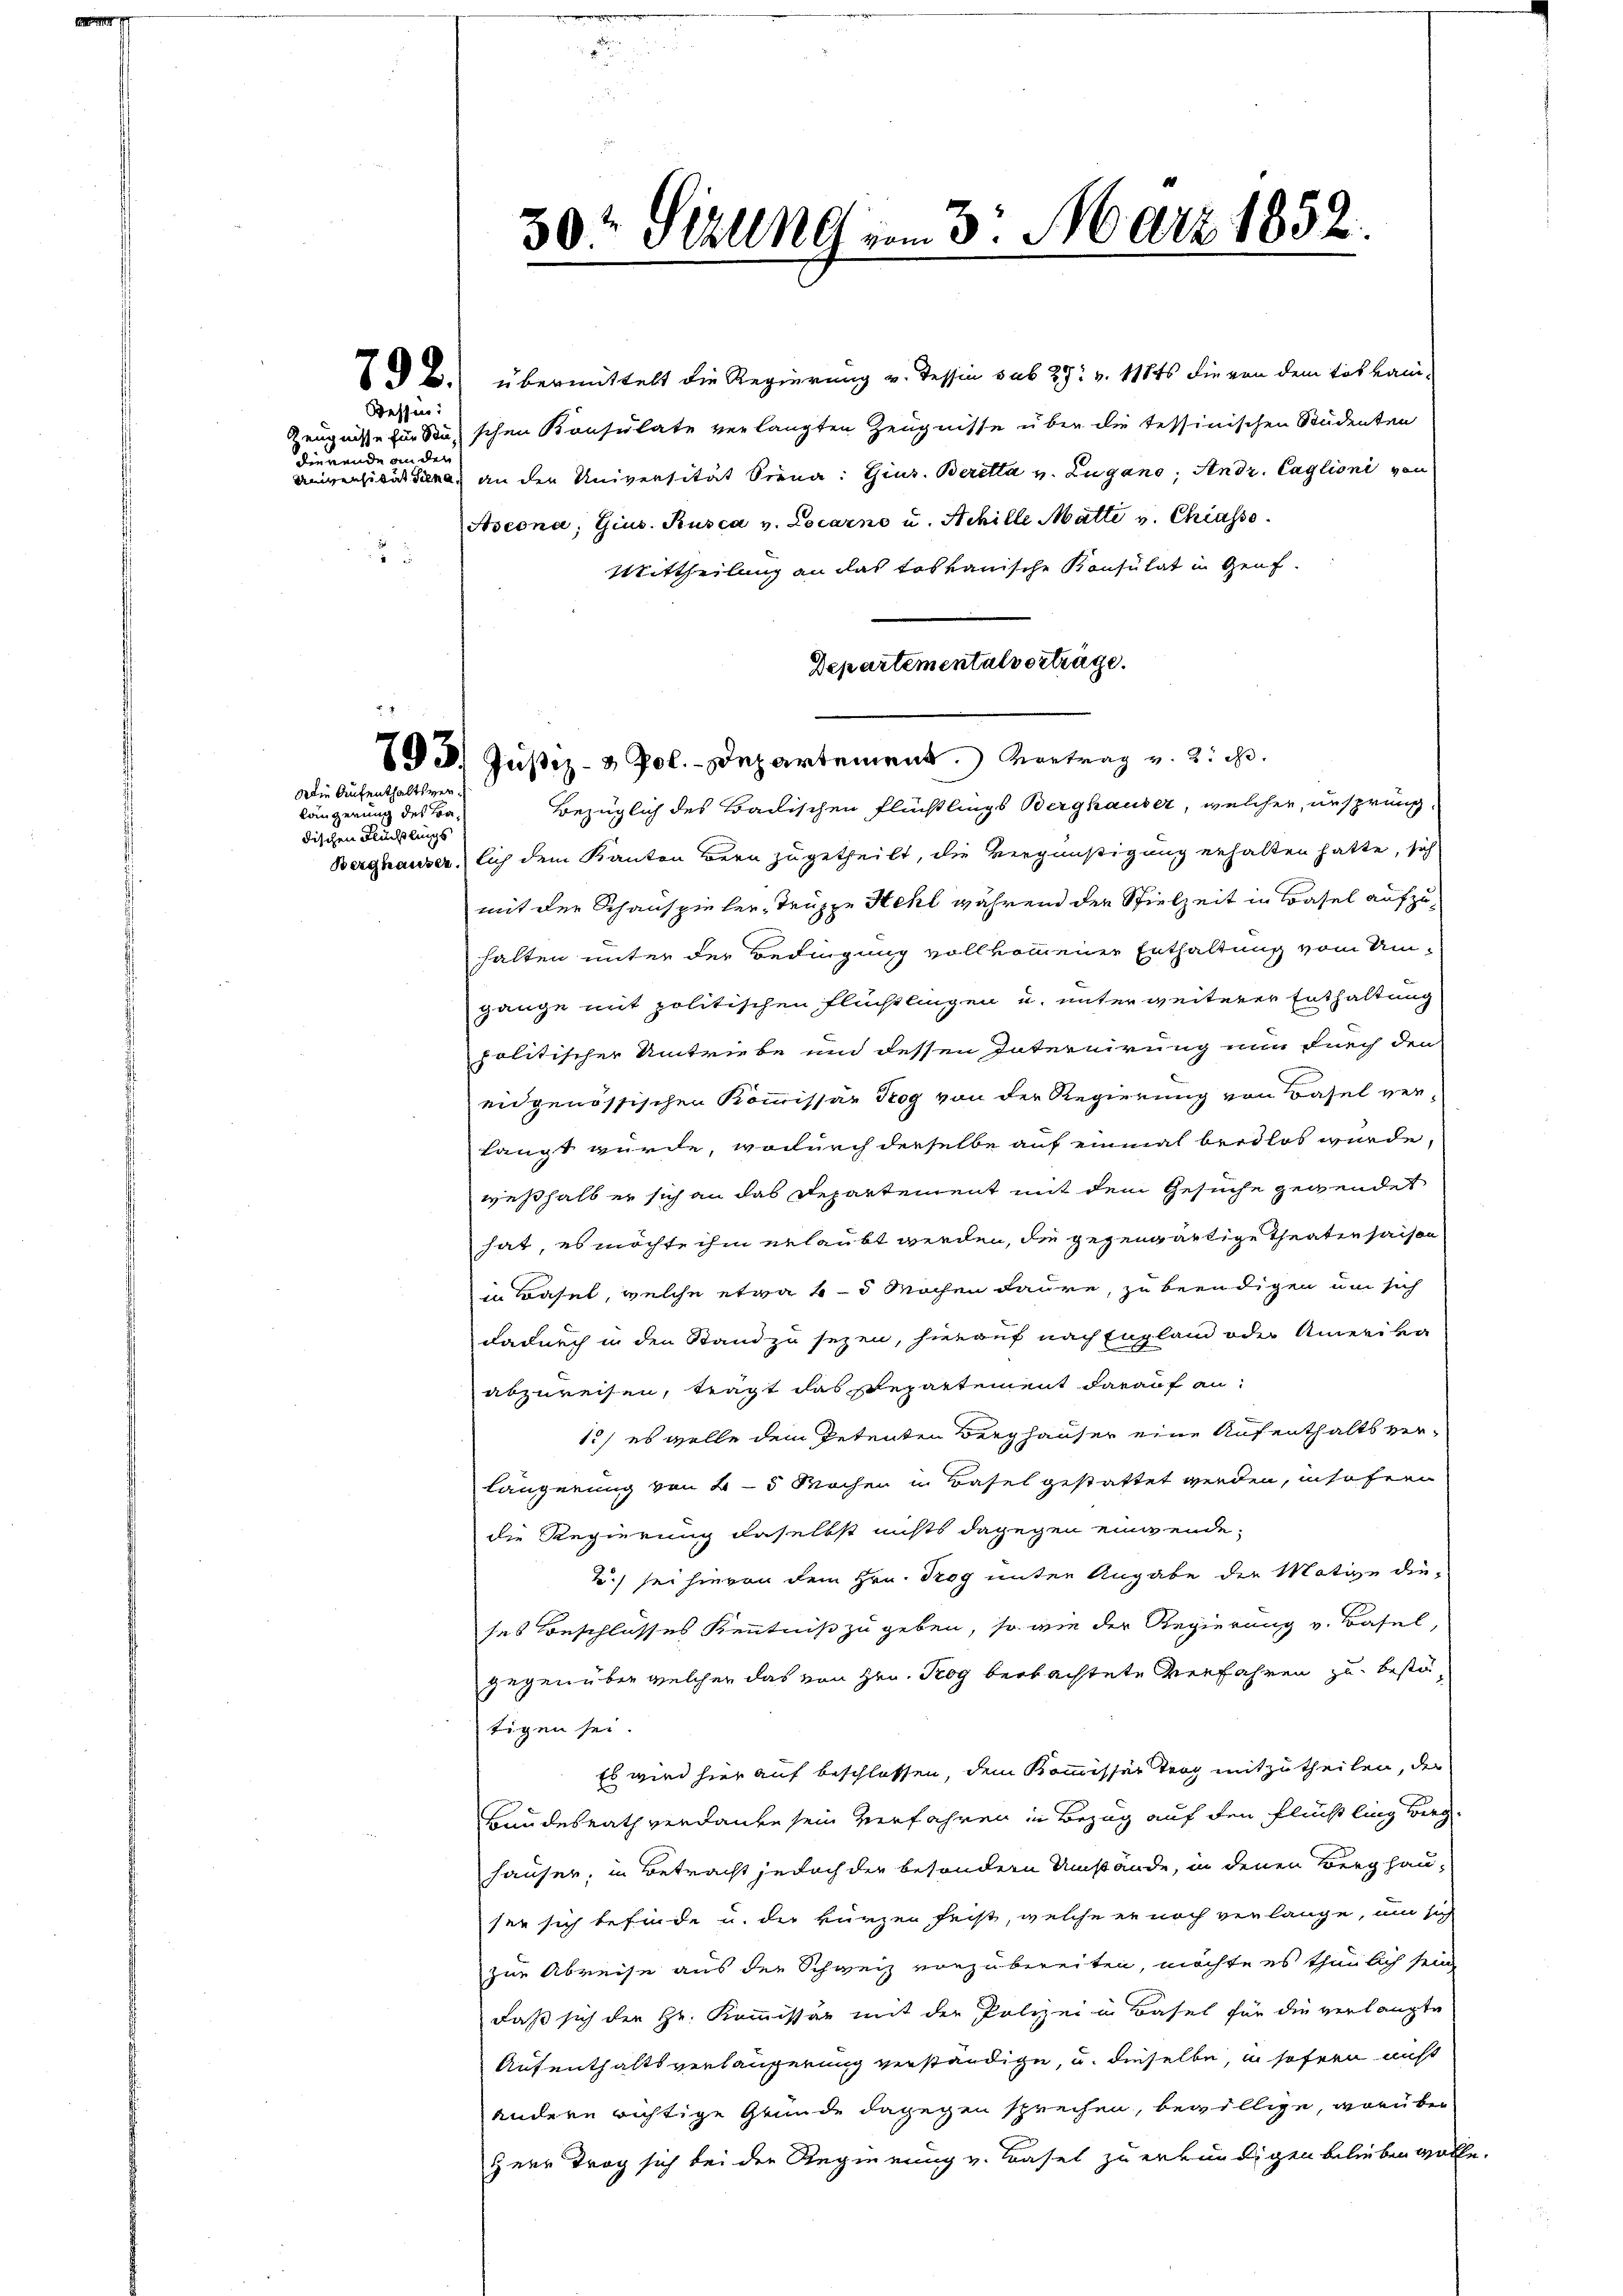
Wessen:
dierende an der

Die Aufenthaltsver¬

längerung des Badischen Flüchtlings

B. übermittelt die Regierung v. Tessin sub 29. v. 18ts die von dem tokkani-
Zeugnisse zur Sie schen Konsulate verlangten Zeugnisse über die tessinischen Studenten
Universität diene, an den Universität Siena: Gins. Beretta v. Lugano, Andr. Caglioni von
Aseona, Gius. Rusca v. Locarno u. Achille Matte v. Chiasso

Mittheilung an das toskauische Konsulat in Genf.
Departemental vorträge.
ed. Justiz- & Pol. - Departement. Vortrag v. 2. d.
Bezüglich des Badischen Flüchtlings Berghauser, welcher, unsprung
Berghauserlich dem Kanton Bern zugetheilt, die Vergnüßigung erhalten hatte, sich
mit der Schauspieler, Truppe Hehl während der Spielzeit in Basel aufzuhalten unter der Bedingung vollkommener Enthaltung vom Umgange mit politischen Flüchtlingen u. unterweiterer Enthaltung
politischer Umtriebe und dessen Internirung nun durch den
eidgenössischen Kommissär Trog von der Regierung von Basel verlangt wurde, wodurch derselbe auf einmal beidlos würde,
weßhalb er sich an das Departement mit dem Gesuche gegendet
hat, es möchte ihm erlaubt werden, die gegenwärtige Theaten haisen
in Basel, welche etwa 4-5 Machen daure, zu beendigen um sich
dadurch in den Stand zu sezen, hierauf nach England oder Amerika
abzureisen, trägt das Departement darauf an¬
1) es wolle dem Petenten Berghauser eine Aufenthalts verlängerung von 4-5 Wochen in Basel gestattet werden, insofern
die Regierung daselbst nichts dagegen einwende¬
Tch sei hievon dem Hrn. Trog unter Angabe der Motive die-
ses Beschlusses Kenntniß zu geben, so wie der Regierung v. Basel,
gegenüber welcher das von Hrn. Trog beobachtete Verfahren zu bestätigen sei.
Es wird hier auf beschlossen, dem Kommissär Trog mitzutheilen, der
Bundesrath verdanke sein verfahren in Bezug auf den Flüchtling Berg
häuser, in Betracht jedoch der besondern Umstände, in denen Berghau-
ser sich befinde u. der kürzen frist, welche er noch verlange, um sich
zur Abreise aus der Schweiz vorzubereiten, möchte es thunlich sein,
daß sich der Hr. Kommissär mit der Polizei in Basel für die verlangte
Aufenthaltsverlängerung verständige, u. dieselbe, in sofern nicht
andern richtige Gründe dagegen sprechen, bewillige, worüber
Herr Trog sich bei der Regierung v. Basel zu erkundigen belieben wolle.

5

9t Sezung am 3. März 1852.

e